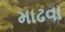
માઢવા